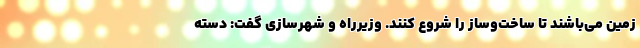
زمین می‌باشند تا ساخت‌وساز را شروع کنند. وزیرراه و شهرسازی گفت: دسته